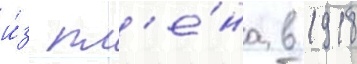
и́з пл'е́на в 1918